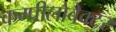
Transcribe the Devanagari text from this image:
कम्पीलोबैक्टर